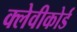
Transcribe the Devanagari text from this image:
क्लेवीकोर्ड